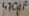
Text: 470µF